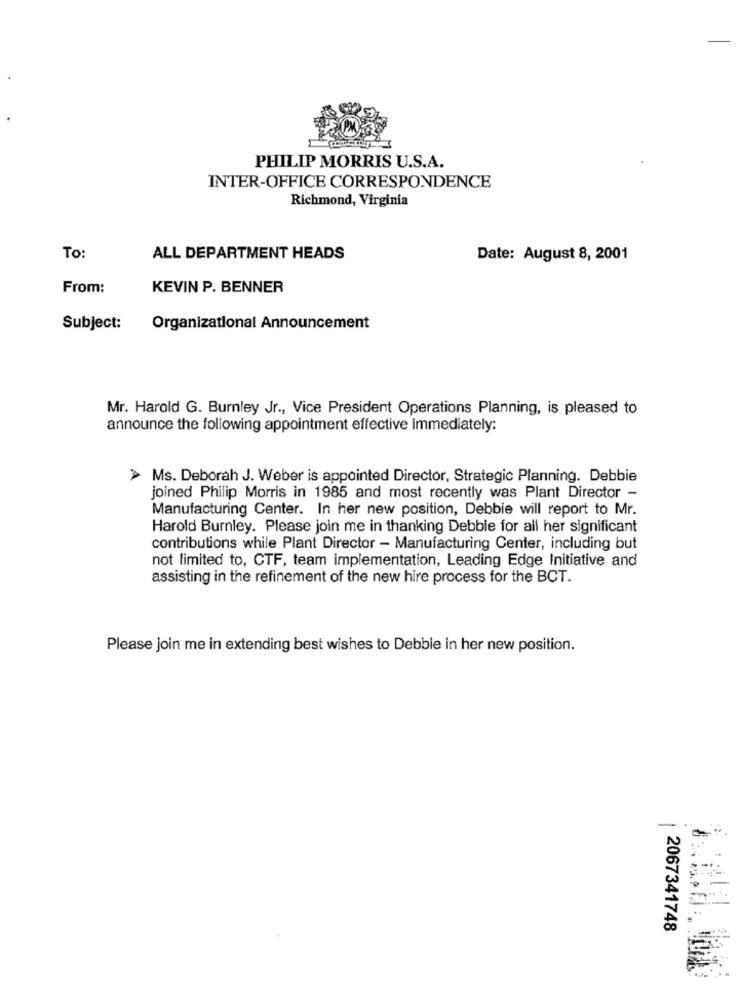
PHILIP MORRIS U.S.A.
INTER-OFFICE CORRESPONDENCE
Richmond, Virginia
To:
ALL DEPARTMENT HEADS
Date: August 8, 2001
From:
KEVIN P. BENNER
Subject:
Organizational Announcement
Mr. Harold G. Burnley Jr ., Vice President Operations Planning, is pleased to
announce the following appointment effective immediately:
> Ms. Deborah J. Weber is appointed Director, Strategic Planning. Debbie
joined Philip Morris in 1985 and most recently was Plant Director -
Manufacturing Center. In her new position, Debbie will report to Mr.
Harold Burnley. Please join me in thanking Debbie for all her significant
contributions while Plant Director - Manufacturing Center, including but
not limited to, CTF, team implementation, Leading Edge Initiative and
assisting in the refinement of the new hire process for the BCT.
Please join me in extending best wishes to Debbie in her new position.
2067341748